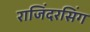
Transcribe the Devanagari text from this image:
राजिंदरसिंग